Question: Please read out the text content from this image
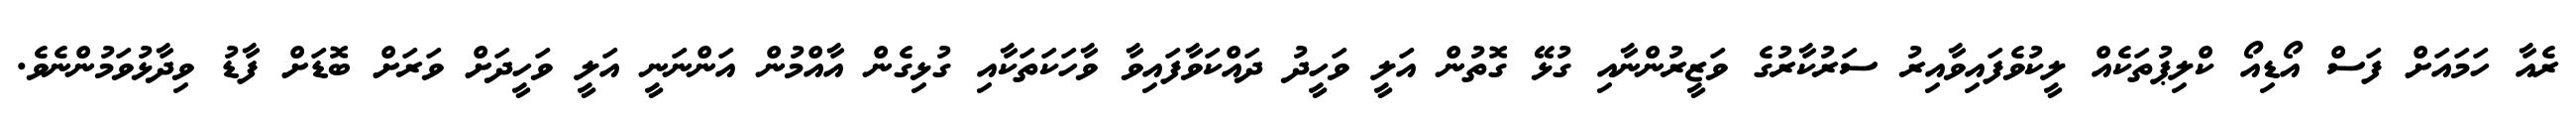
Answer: ރެއާ ހަމައަށް ފަސް އޯޑިއޯ ކްލިޕުތަކެއް ލީކުވެފައިވާއިރު ސަރުކާރުގެ ވަޒީރުންނާއި ގުޅޭ ގޮތުން އަލީ ވަހީދު ދައްކަވާފައިވާ ވާހަކަތަކާއި ގުޅިގެން އާއްމުން އަންނަނީ އަލީ ވަހީދަށް ވަރަށް ބޮޑަށް ފާޑު ވިދާޅުވަމުންނެވެ.